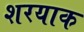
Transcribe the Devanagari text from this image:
शरयाक